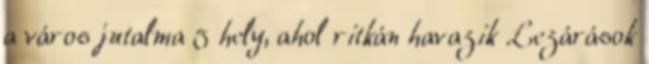
a város jutalma 5 hely, ahol ritkán havazik Lezárások